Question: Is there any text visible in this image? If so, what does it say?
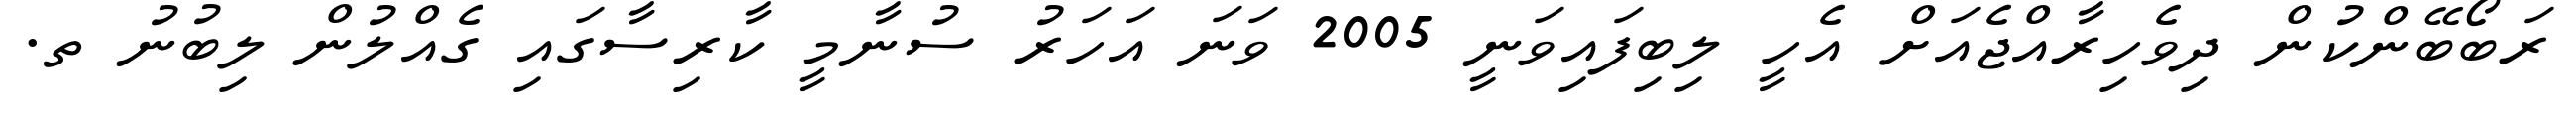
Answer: ރަބޯބޭންކުން ދިވެހިރާއްޖެއަށް އެހީ ލިބިފައިވަނީ 2005 ވަނަ އަހަރު ސުނާމީ ކާރިސާގައި ގެއްލުން ލިބުނު ތ.